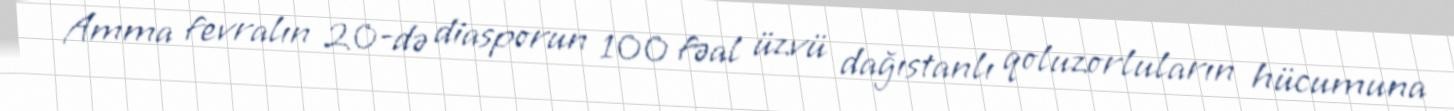
Amma fevralın 20-də diasporun 100 fəal üzvü dağıstanlı qoluzorluların hücumuna